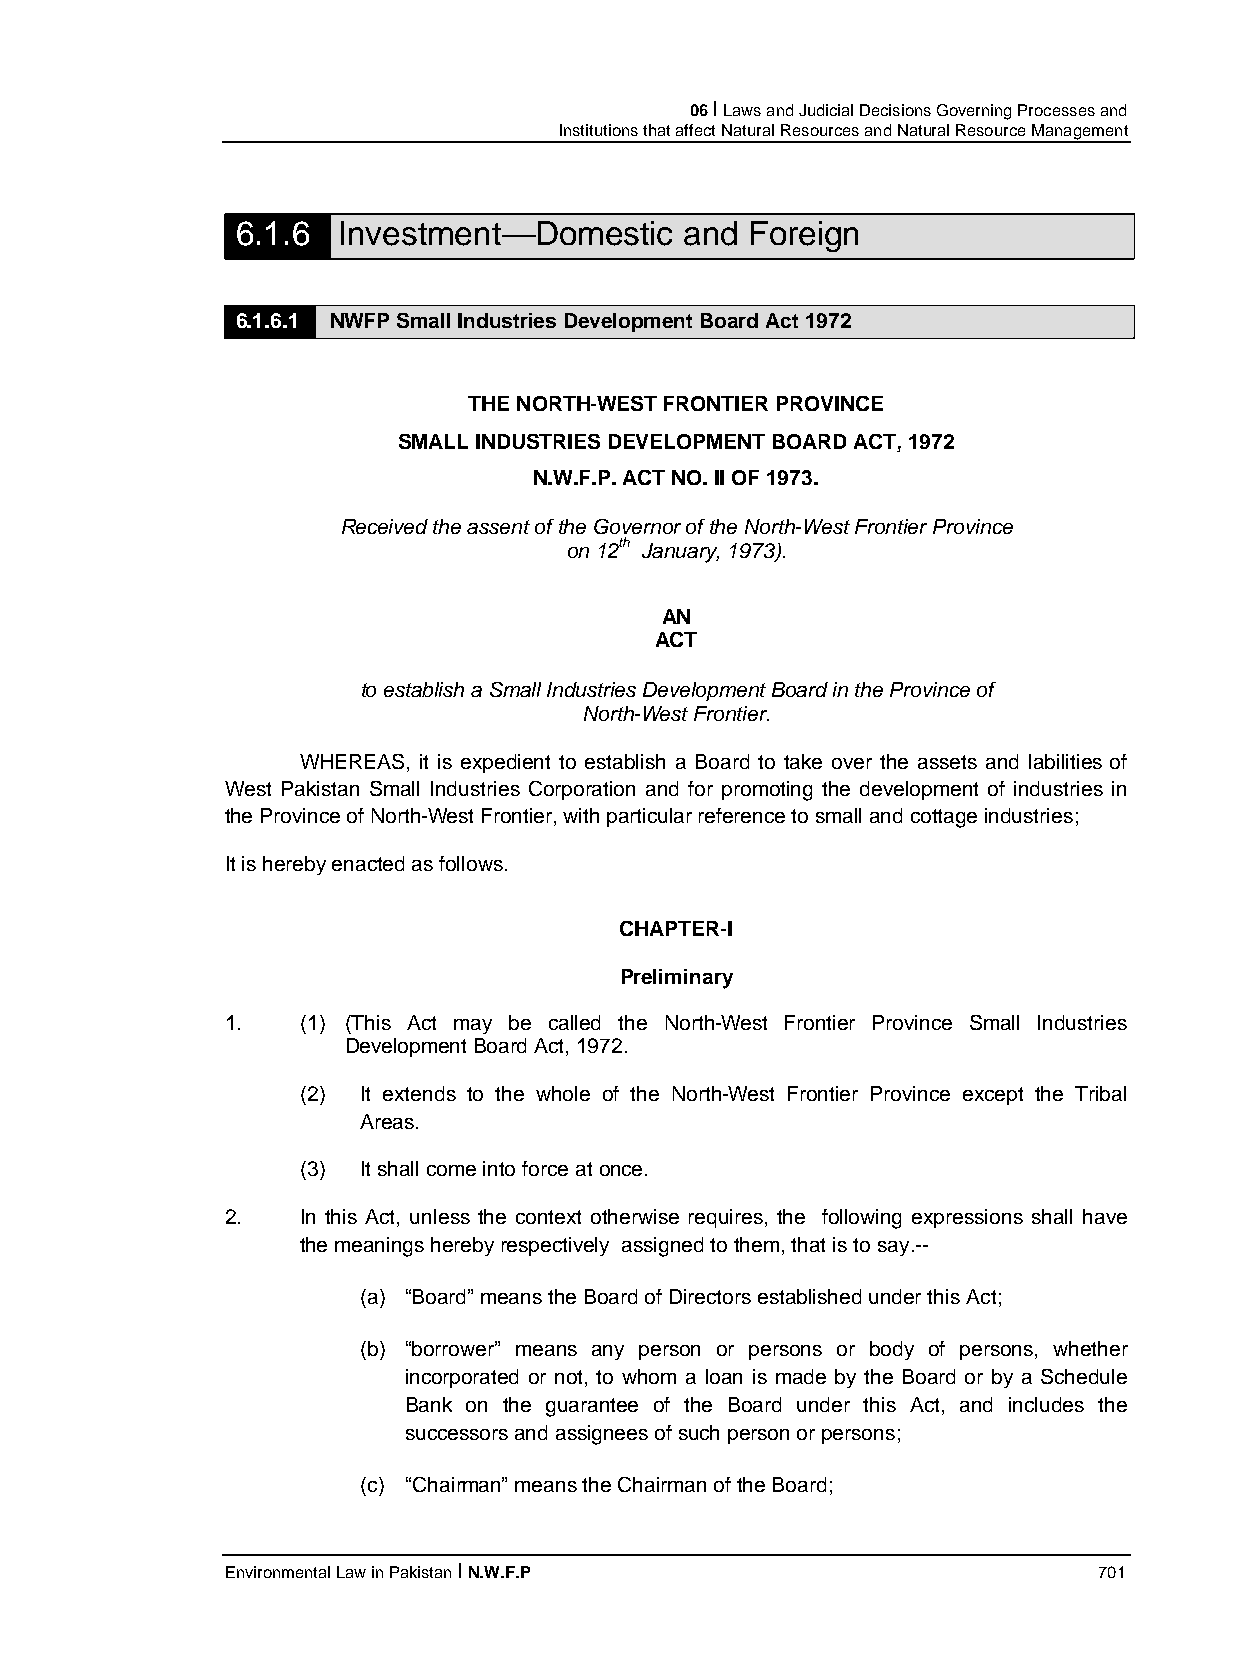
06 I Laws and Judicial Decisions Governing Processes and
 Institutions that affect Natural Resources and Natural Resource Management
 6.1.6 Investment—Domestic    and  Foreign
 6.1.6.1 NWFP Small Industries Development Board Act 1972
 THE NORTH-WEST FRONTIER PROVINCE
 SMALL INDUSTRIES DEVELOPMENT BOARD ACT, 1972
 N.W.F.P. ACT NO. II OF 1973.
 Received the assent of the Governor of the North-West Frontier Province
 on 12th January, 1973).
 AN
 ACT
 to establish a Small Industries Development Board in the Province of
 North-West Frontier.
 WHEREAS, it is expedient to establish a Board to take over the assets and labilities of
 West Pakistan Small Industries Corporation and for promoting the development of industries in
 the Province of North-West Frontier, with particular reference to small and cottage industries;
 It is hereby enacted as follows.
 CHAPTER-I
 Preliminary
 1.   (1) (This Act may be called the North-West Frontier Province Small Industries
 Development Board Act, 1972.
 (2) It extends to the whole of the North-West Frontier Province except the Tribal
 Areas.
 (3) It shall come into force at once.
 2.   In this Act, unless the context otherwise requires, the following expressions shall have
 the meanings hereby respectively assigned to them, that is to say.--
 (a) “Board” means the Board of Directors established under this Act;
 (b) “borrower” means any person or persons or body of persons, whether
 incorporated or not, to whom a loan is made by the Board or by a Schedule
 Bank on the guarantee of the Board under this Act, and includes the
 successors and assignees of such person or persons;
 (c) “Chairman” means the Chairman of the Board;
 Environmental Law in Pakistan I N.W.F.P                   701